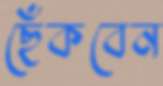
ছেঁকবেন